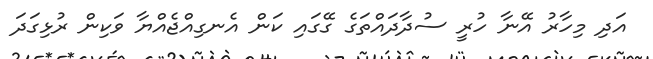
އަދި މިހާރު އޭނާ ހުރީ ސުދާދައްތަގެ ގޭގައި ކަން އެނގިއްޖެއްޔާ ވަކިން ރުޅިގަދަ